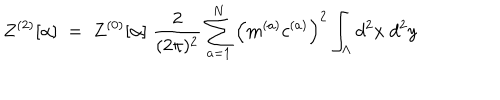
LaTeX: Z ^ { ( 2 ) } [ \alpha ] \; = \; Z ^ { ( 0 ) } [ \alpha ] \; \frac { 2 } { ( 2 \pi ) ^ { 2 } } \sum _ { a = 1 } ^ { N } \Big ( m ^ { ( a ) } c ^ { ( a ) } \Big ) ^ { 2 } \int _ { \Lambda } d ^ { 2 } x \; d ^ { 2 } y